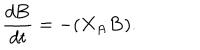
{ \frac { d { \bf B } } { d t } } = - ( X _ { \bf A } { \bf B } ) .